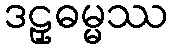
ဒဠှဓမ္မဿ